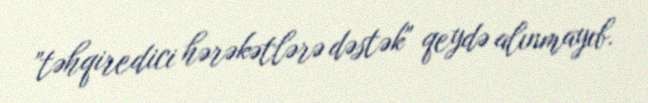
”təhqiredici hərəkətlərə dəstək" qeydə alınmayıb.